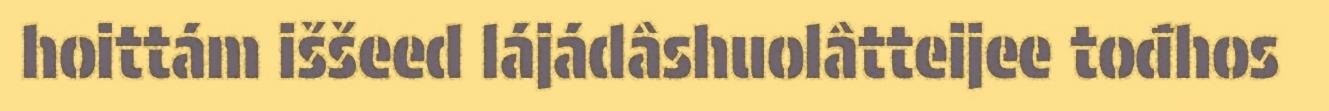
hoittám iššeed lájádâshuolâtteijee tođhos